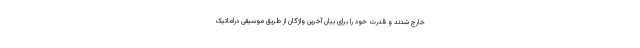
خارج شدند و قدرت خود را برای بیان آخرین واژگان از طریق موسیقی دراماتیک